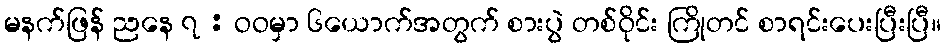
မနက်ဖြန် ညနေ ၇ : ဝဝမှာ ၆ယောက်အတွက် စားပွဲ တစ်ဝိုင်း ကြိုတင် စာရင်းပေးပြီးပြီ။